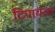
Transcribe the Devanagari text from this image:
टिपायला